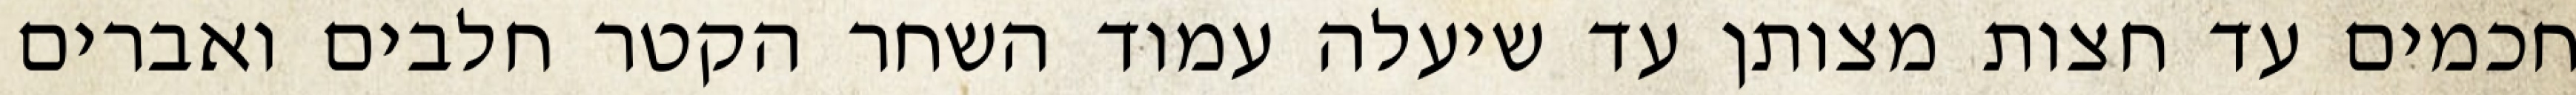
חכמים עד חצות מצותן עד שיעלה עמוד השחר הקטר חלבים ואברים